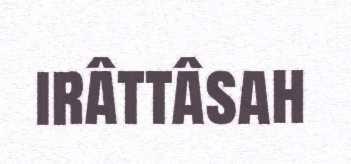
irâttâsah